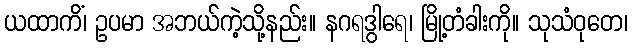
ယထာကိံ၊ ဥပမာ အဘယ်ကဲ့သို့နည်း။ နဂရဒွါရေ၊ မြို့တံခါးကို။ သုသံဝုတေ၊